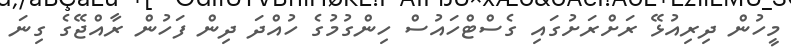
މީހުން ދިރިއުޅޭ ރަށްރަށުގައި ގެސްޓްހައުސް ހިންގުމުގެ ހުއްދަ ދިން ފަހުން ރާއްޖޭގެ ގިނަ